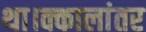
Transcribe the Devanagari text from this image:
था।क्कालांतर